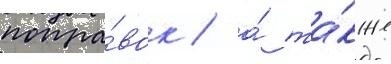
попра́вок / а́ та́кже